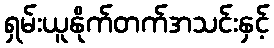
ရှမ်းယူနိုက်တက်အသင်းနှင့်